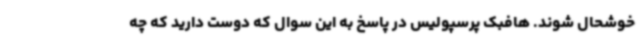
خوشحال شوند. هافبک پرسپولیس در پاسخ به این سوال که دوست دارید که چه